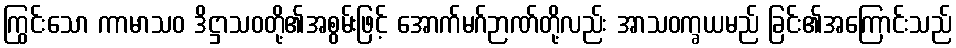
ကြွင်းသော ကာမာသဝ ဒိဋ္ဌာသဝတို့၏အစွမ်းဖြင့် အောက်မဂ်ဉာဏ်တို့လည်း အာသဝက္ခယမည် ခြင်း၏အကြောင်းသည်